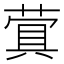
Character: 𬝬